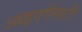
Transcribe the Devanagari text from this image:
आइएऍसटी